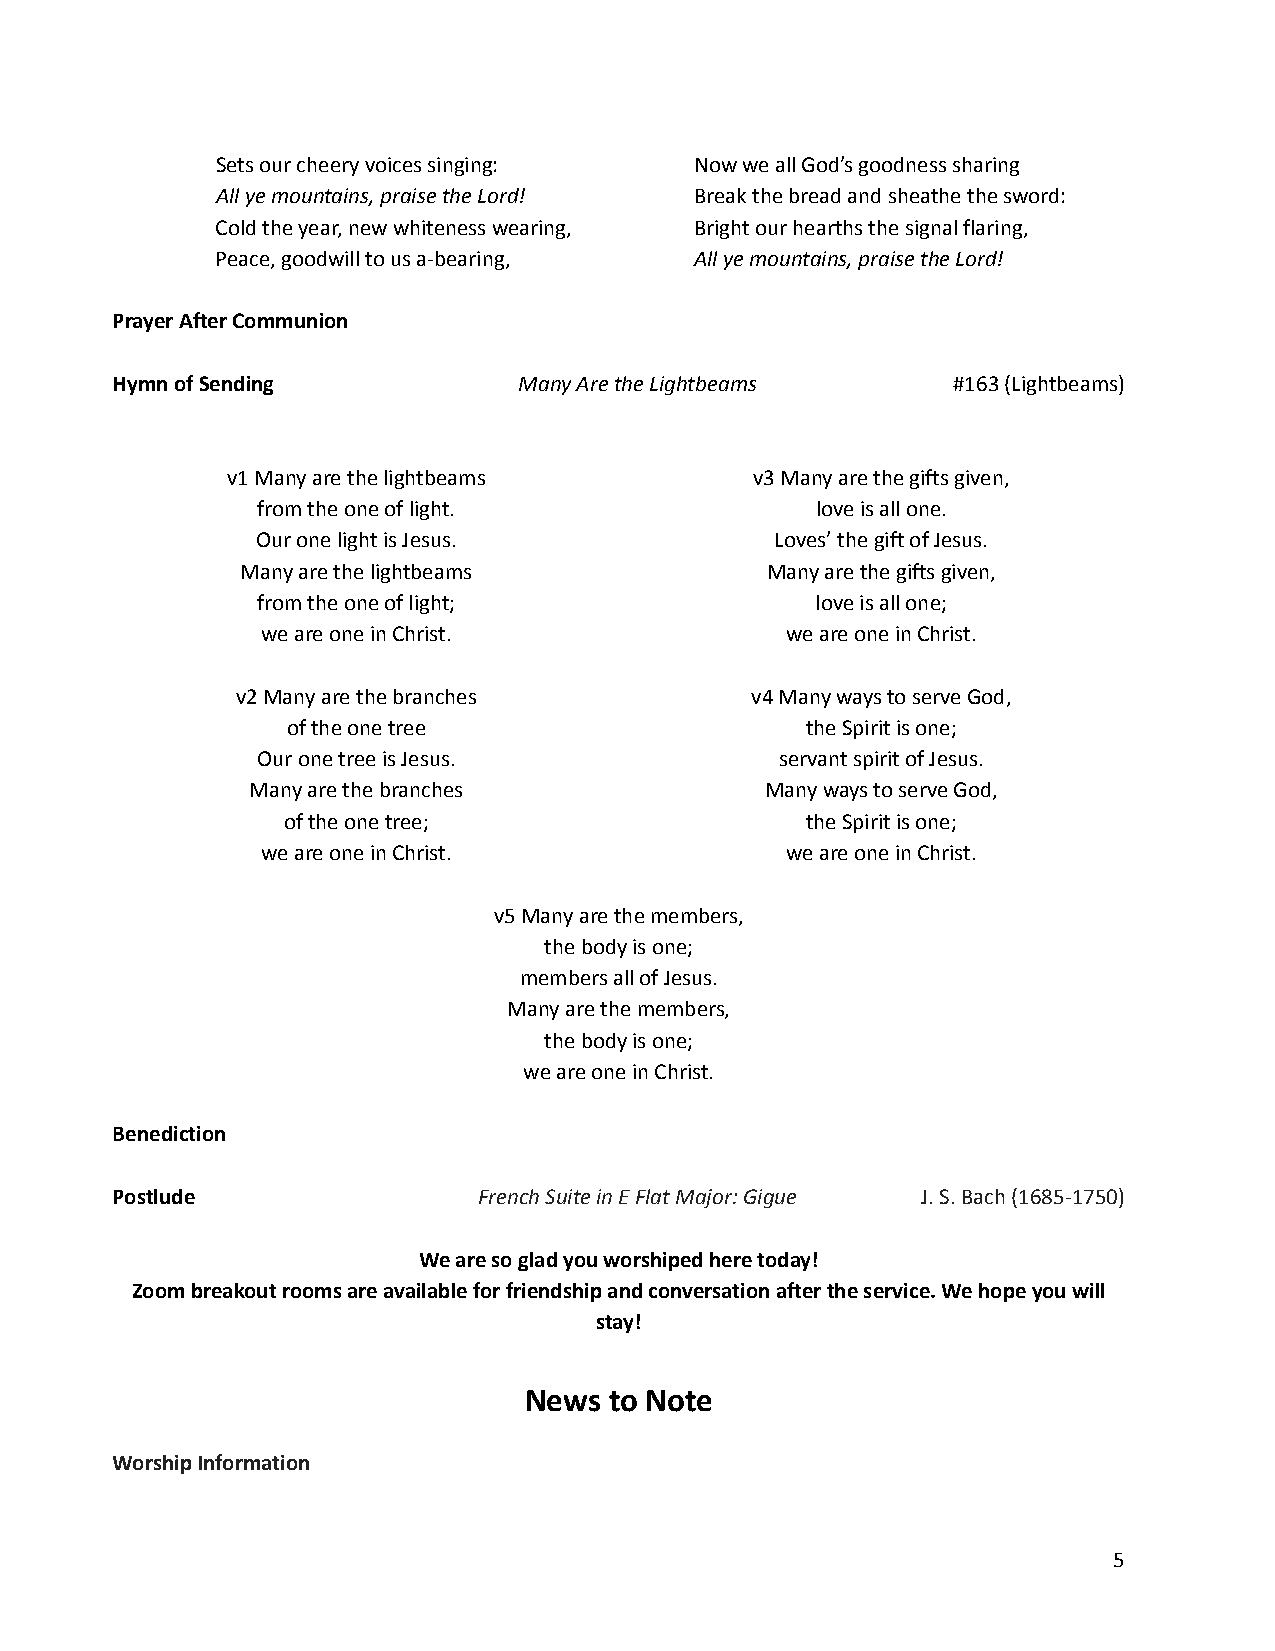
Sets our cheery voices singing: Now we all God’s goodness sharing
 All ye mountains, praise the Lord! Break the bread and sheathe the sword:
 Cold the year, new whiteness wearing, Bright our hearths the signal flaring,
 Peace, goodwill to us a-bearing, All ye mountains, praise the Lord!
 Prayer After Communion
 Hymn of Sending            Many Are the Lightbeams      #163 (Lightbeams)
 v1 Many are the lightbeams         v3 Many are the gifts given,
 from the one of light.               love is all one.
 Our one light is Jesus.           Loves’ the gift of Jesus.
 Many are the lightbeams            Many are the gifts given,
 from the one of light;               love is all one;
 we are one in Christ.              we are one in Christ.
 v2 Many are the branches          v4 Many ways to serve God,
 of the one tree                   the Spirit is one;
 Our one tree is Jesus.             servant spirit of Jesus.
 Many are the branches             Many ways to serve God,
 of the one tree;                  the Spirit is one;
 we are one in Christ.              we are one in Christ.
 v5 Many are the members,
 the body is one;
 members all of Jesus.
 Many are the members,
 the body is one;
 we are one in Christ.
 Benediction
 Postlude                 French Suite in E Flat Major: Gigue J. S.Bach (1685-1750)
 We are so glad you worshiped here today!
 Zoom breakout rooms are available for friendship and conversation after the service. We hope you will
 stay!
 News to Note
 Worship Information
 5